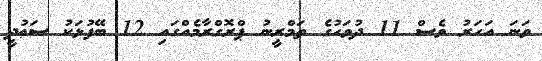
ވަނަ އަހަރު ވެސް 11 ދުވަހުގެ ތަމްރީނު ޕްރޮގްރާމެއްގައި 12 ބޭފުޅަކު ސަޢުދީ